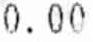
0.00